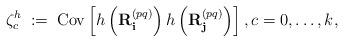
LaTeX: \begin{align*} \zeta_c^h \;:=\; \mathrm{Cov}\left[h\left(\mathbf{R}^{(pq)}_{\mathbf{i}} \right) h\left(\mathbf{R}^{(pq)}_{\mathbf{j}} \right) \right], c=0,\dots,k,\end{align*}